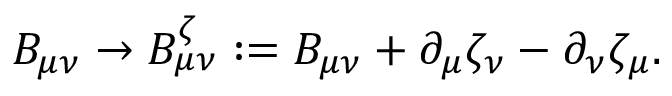
B _ { \mu \nu } \rightarrow B _ { \mu \nu } ^ { \zeta } : = B _ { \mu \nu } + \partial _ { \mu } \zeta _ { \nu } - \partial _ { \nu } \zeta _ { \mu } .